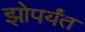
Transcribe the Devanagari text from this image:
झोपर्यंत